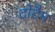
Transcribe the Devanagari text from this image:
टोटैम